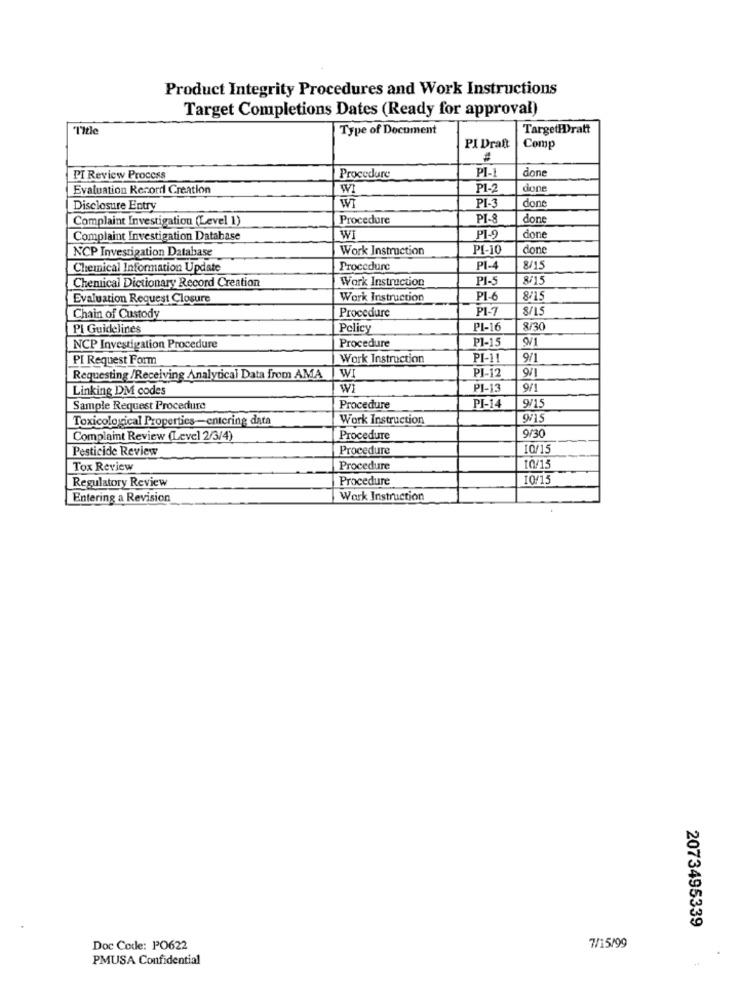
Product Integrity Procedures and Work Instructions
Target Completions Dates (Ready for approval)
Type of Document
TargetHDratt
PI Dratt
Comp
PI-
done
PI Review Process
Procedure
Evaluation Record Creation
WI
PI-2
done
WI
PI-3
done
Disclosure Entry
Complaint Investigation (Level 1)
Procedure
PI-8
done
Complaint Investigation Database
WI
PI-9
done
NCP Investigation Database
Work Instruction
PI-10
done
Chemical Information Update
Procedure
PI-4
8/15
Chemical Dictionary Record Creation
Work Instruction
PI-5
3/15
Evaluation Request Closure
Work Instruction
PI-6
8/15
Procedure
Chain of Custody
Pl Guidelines
Policy
PI-16
8/30
Procedure
PI-15
NCP Investigation Procedure
PI Request Form
Work Instruction
PI-11
9/1
WI
PI-12
9/1
Requesting /Receiving Analytical Data from AMA
Linking DM codes
Wi
PI-13
9/15
Sample Request Procedure
Procedure
PI-14
Toxicological Properties-entering data
Work Instruction
9/30
Complaint Review (Level 2/3/4)
Procedure
Pesticide Review
Procedure
10/15
1001
Tox Review
Procedure
Regulatory Review
Procedure
10/15
Entering a Revision
Work Instruction
2073495339
Doc Code: PO622
7/15/99
PMUSA Confidential